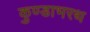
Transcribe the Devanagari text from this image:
कुण्डाभरथ